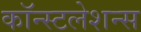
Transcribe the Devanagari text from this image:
कॉन्स्टलेशन्स